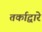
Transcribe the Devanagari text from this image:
तर्काद्वारे